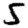
Digit: 5